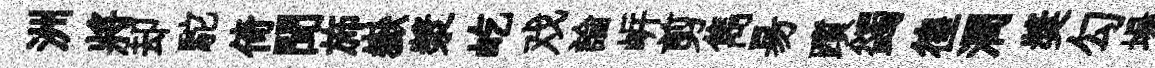
洲將却駝倚聞斾嶽漿屹戏論㟁剪雋昜躓蠲徨潤奬勾場